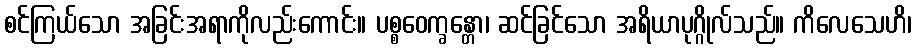
စင်ကြယ်သော အခြင်းအရာကိုလည်းကောင်း။ ပစ္စဝေက္ခန္တော၊ ဆင်ခြင်သော အရိယာပုဂ္ဂိုလ်သည်။ ကိလေသေဟိ၊